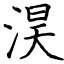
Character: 淏